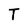
Character: T